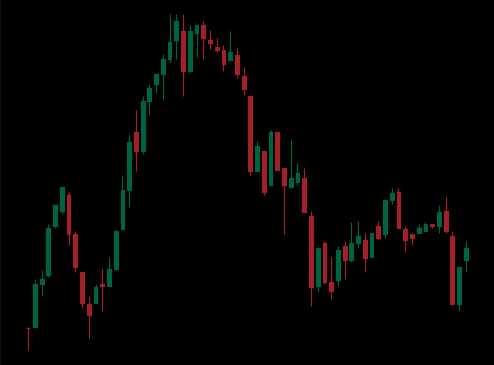
Pattern: head_shoulders